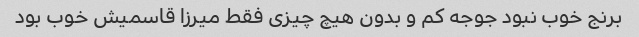
برنج خوب نبود جوجه کم و بدون هیچ چیزی فقط میرزا قاسمیش خوب بود